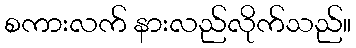
စကားလက် နားလည်လိုက်သည်။